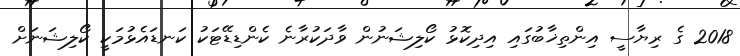
2018 ގެ ރިޔާސީ އިންތިޚާބުގައި އިދިކޮޅު ކޯލިޝަނުން ވާދަކުރާނެ ކެންޑިޑޭޓަކު ކަނޑައެޅުމަކީ ކޯލިޝަނަށް